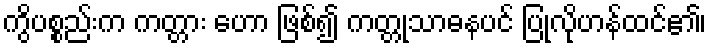
ကွိပစ္စည်းက ကတ္တား ဟော ဖြစ်၍ ကတ္တုသာဓနပင် ပြုလိုဟန်ထင်၏၊